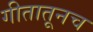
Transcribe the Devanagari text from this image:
गीतातूनच